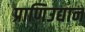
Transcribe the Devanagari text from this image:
प्राणिउद्यान